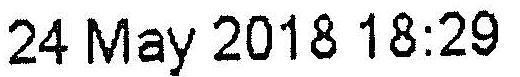
24 MAY 2018 18:29